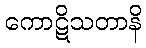
ကောဋိသတာနိ